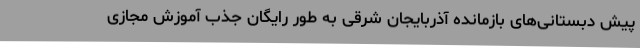
پیش دبستانی‌های بازمانده آذربایجان شرقی به طور رایگان جذب آموزش مجازی